Civil Veterinary Department Bihar reports 1940-50 - 1940-1950
Year: 1940
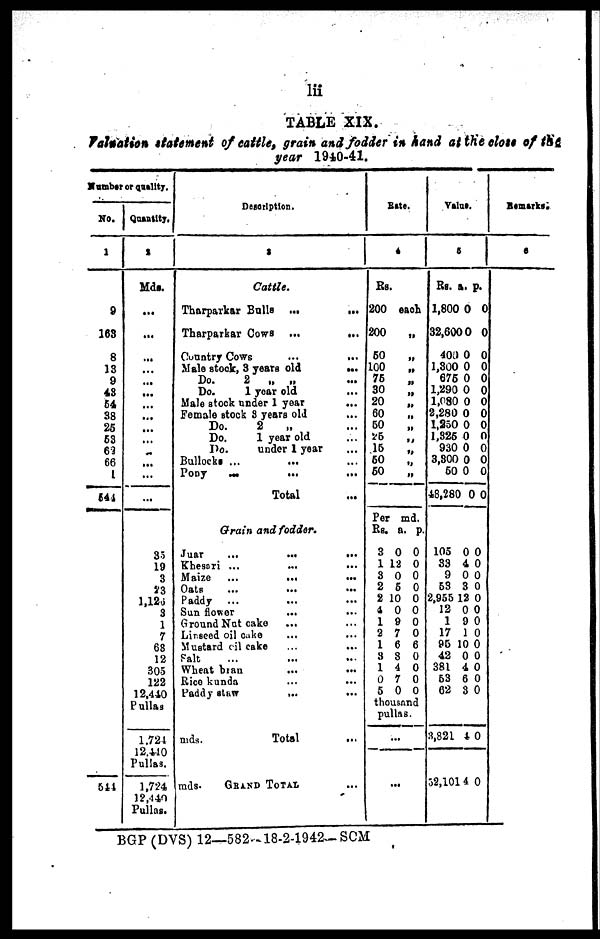
lii
TABLE XIX.
valuation statement of cattle, grain and fodder in hand at the close of the
year 1940-41.
Number or quality.
No.
1
9
163
8
13
9
43
64
38
25
63
63
66
1
544
544
Quantity.
2
Mds.
...
...
...
...
...
...
...
...
...
...
...
...
...
...
35
19
3
23
l,126
3 1
7
68
12
305
122
12,440
Pullas
1,724
12,410
Pullas.
1,724
12,440
Pullas.
Description.
3
Cattle.
Tharparkar Bulls
...
...
Tharparkar Cows
...
...
Country Cows
...
...
Male stock, 3 years old
...
Do.
2
„
„ ...
Do.
1 year old ...
Male stock under 1 year
...
Female stock 3 year old ...
Do.
2 „ ...
Do.
1 year old ...
Do.
under 1 year ...
Bullocks ... ... ...
Pony
...
... ...
Total ...
Grain and fodder.
Juar
...
...
...
Khesari ...
...
...
Maize
...
...
...
Oats
...
...
...
Paddy
... ... ...
Sun
flowor
... ...
Ground Nat cake
... ...
Lirseed oil cake ... ...
Mustard cil cake ... ...
Salt ... ... ...
Wheat bran ... ...
Rice kunda
...
...
Paddy
staw
... ...
mds.
Total ...
mds. GRAND TOTAL ...
Rate.
4
Rs.
200 each
200
„
50
„
100
„
76
„
30
„
20
„
60
„
60
„
25 „
15
„
50
„
50
„
Per md.
Rs, a. p.
3 0 0
1 12 0
3 0 0
2 5 0
2 10 0
4 0 0
19
0
2 7 0
1 6 6
3 8 0
14
0
0 7 0
5 0 0
thousand
pullas.
...
...
Value.
5
Rs.
1,800
32,600
400
1,300
676
1,290
1,080
2,280
1,250
1,325
930
3,300
60
48,280
105
33
9
53
2,955
12
1
17
96
42
381
53
62
3,821
a.
0
0
0
0
0
0
0
0
0
0
0
0
0
0
0
4
0
3
12
0
9
1
10
0
4
6
3
4
p.
0
0
0
0
0
0
0
0
0
0
0
0
0
0
0
0
0
0
0
0
0
0
0
0
0
0
0
0
52,101 4 0
Remarks.
6
BGP (DVS) 12—582-18-2-1942—SCM